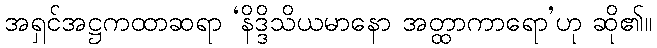
အရှင်အဋ္ဌကထာဆရာ ‘နိဒ္ဒိသိယမာနော အတ္ထာကာရော’ဟု ဆို၏။